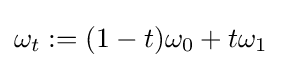
\omega _{t}:=(1-t)\omega _{0}+t\omega _{1}